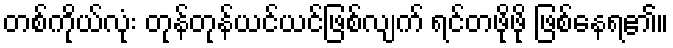
တစ်ကိုယ်လုံး တုန်တုန်ယင်ယင်ဖြစ်လျက် ရင်တဖိုဖို ဖြစ်နေရ၏။